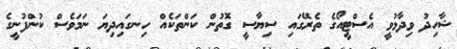
ޝާހިދު ވިދާޅުވީ އެސްޓީއޯގެ ތެރޭގައި ސިޔާސީ ގޮތުން ކަންތަކެއް ހިނގައިދިޔަ ނަމަވެސް ކުންފުނީގެ